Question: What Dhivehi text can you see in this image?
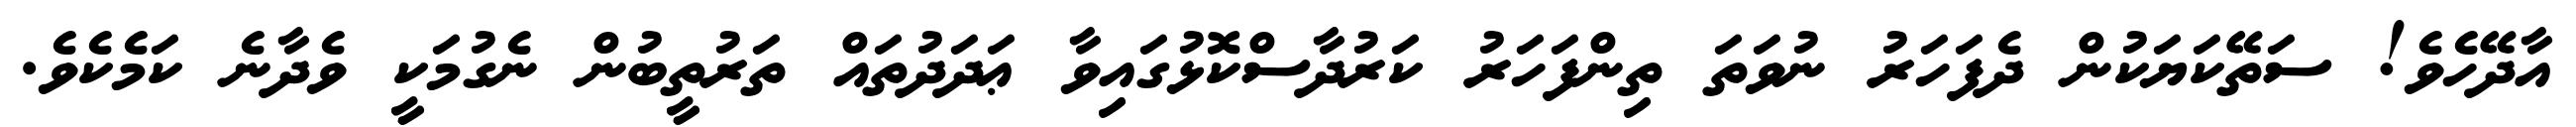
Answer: އާދޭހެވެ! ސަތޭކަޔަކުން ދެފަހަރު ނުވަތަ ތިންފަހަރު ކަރުދާސްކޮޅުގައިވާ ޢަދަދުތައް ތަރުތީބުން ނެގުމަކީ ވެދާނެ ކަމެކެވެ.